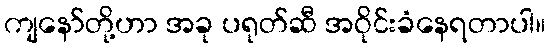
ကျနော်တို့ဟာ အခု ပရုတ်ဆီ အဝိုင်းခံနေရတာပါ။